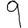
Digit: 9